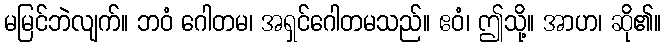
မမြင်ဘဲလျက်။ ဘဝံ ဂေါတမ၊ အရှင်ဂေါတမသည်။ ဧဝံ၊ ဤသို့။ အာဟ၊ ဆို၏။